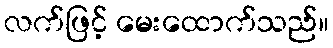
လက်ဖြင့် မေးထောက်သည်။